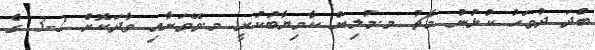
ބުދަ ދުވަހު ކުޅުނު މެޗު މ.މުލިން ކާމިޔާބުކުރީ މ.ވޭވަށާއި ވާދަކޮށް 2-3 ގެ